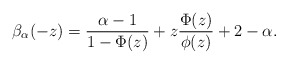
\begin{align*}\beta_\alpha(-z)=\frac{\alpha-1}{1-\Phi(z)} + z \frac{\Phi(z)}{\phi(z)} + 2 - \alpha.\end{align*}